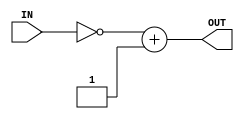
/*
	 ________________CPU________________
	         E/15/154 | E/15/142
      _____________________________
              CO224-Lab5
*/

//2's complement
module two_s_complement (IN,OUT);
  input signed [7:0] IN;
  output signed [7:0] OUT;

  assign OUT = ~IN + 8'b00000001;

endmodule //two_s_complement

//2:1 Multiplexer
module mux (IN1,IN2,SELECT,OUT,CLK);
  input [7:0] IN1,IN2;
  input SELECT,CLK;
  output reg [7:0] OUT;

  always @ (negedge CLK) begin
    case (SELECT)
      0: OUT<=IN1;
      1: OUT<=IN2;
      default: OUT<=0;
    endcase
  end

endmodule //mux 2 to 1

//Program Counter
module PC (RESET,CLK,COUNT);
  input RESET,CLK;
  output reg [7:0] COUNT;

  always @ (negedge CLK) begin
    case (RESET)
      0: COUNT=COUNT+1;
      1: COUNT=0;
      default: COUNT<=COUNT;
    endcase
  end

endmodule // PC

/*
  ____TEST-BENCHES_____
*/
module testbench_for_two_s;
  reg [7:0] IN;
  wire [7:0] OUT;

  two_s_complement ts(IN,OUT);

  initial begin
    IN=8'b00000010;
    #1 $display ("2s complement of %b is %b.",IN,OUT);
  end
endmodule // testbench_for_two_s

module testbench_for_mux;
  reg [7:0] IN1,IN2;
  wire [7:0] OUT;
  reg SELECT,CLK;

  initial begin
  //initial values
    CLK=0;
    SELECT=0;
    IN1=5;
    IN2=10;

  //time=3
    #3 $display ("OUT = %d",OUT);
  //time=6
    #6 $display ("OUT = %d",OUT);
  //time=9
    #9 SELECT=1;
    #9 $display ("OUT = %d",OUT);
  //time=12
    #12 $display ("OUT = %d",OUT);
    $finish;
  end

  // Clock generator
  always begin
    #5 CLK = ~CLK; // Toggle clock every 5 ticks
  end

  mux two_to_one_mux(IN1,IN2,SELECT,OUT,CLK);

endmodule // testbench_for_mux

module testbench_for_PC;
  reg RESET,CLK;
  reg COUNT;

  initial begin
  //initial values
    RESET=0;
    COUNT=0;
    CLK=0;
  //time=3
    #3 $display("Counter = %d",COUNT);
  //time=6
    #6 $display("Counter = %d",COUNT);
  //time=9
    #9 RESET=1;
    #9 $display ("Counter = %d",COUNT);
  //time=12
    #12 $display ("Counter = %d",COUNT);
    $finish;
  end

  // Clock generator
  always begin
    #5 CLK = ~CLK; // Toggle clock every 5 ticks
  end

endmodule // testbench_for_PC